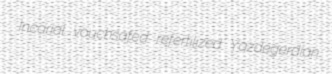
Incarial vouchsafed refertilized Yazdegerdian